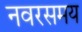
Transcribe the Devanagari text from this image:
नवरसमय